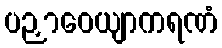
ပဉှာဝေယျာကရဏံ